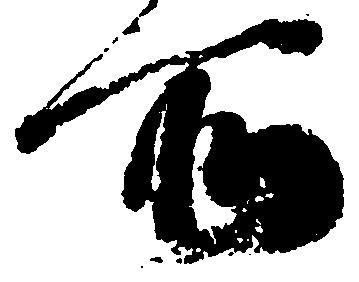
所